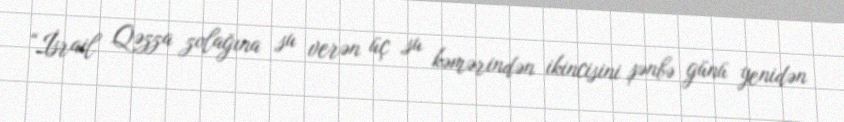
“İsrail Qəzza zolağına su verən üç su kəmərindən ikincisini şənbə günü yenidən